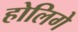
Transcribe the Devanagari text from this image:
होलिगे